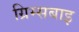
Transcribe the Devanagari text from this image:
ग्रिम्सबाइ